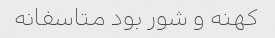
کهنه و شور بود متاسفانه